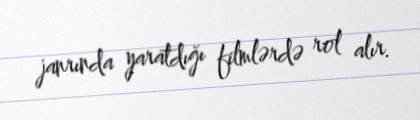
janrında yaratdığı filmlərdə rol alır.